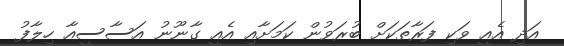
އަދި އެއީ ވަކި ފަރާތަކަށް ބުރަވުން ކަމަށާއި އެއީ ގާނޫނު އަސާސީއާ ހިލާފު